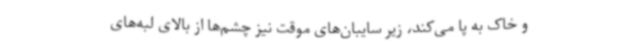
و خاک به پا می‌کند، زیر سایبان‌های موقت نیز چشم‌ها از بالای لبه‌های